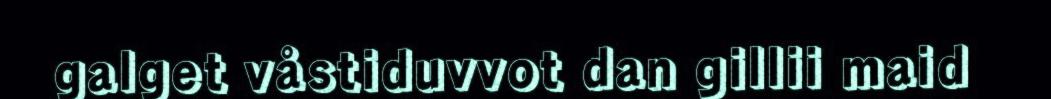
galget våstiduvvot dan gillii maid